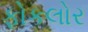
ફોકલોર